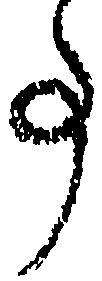
事